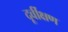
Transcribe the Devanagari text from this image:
दूर्वीक्षण